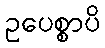
ဥပေစ္စာပိ